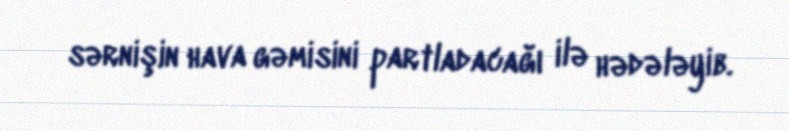
sərnişin hava gəmisini partladacağı ilə hədələyib.